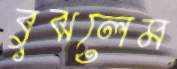
বুঝলেম